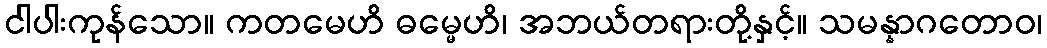
ငါပါးကုန်သော။ ကတမေဟိ ဓမ္မေဟိ၊ အဘယ်တရားတို့နှင့်။ သမန္နာဂတောဝ၊